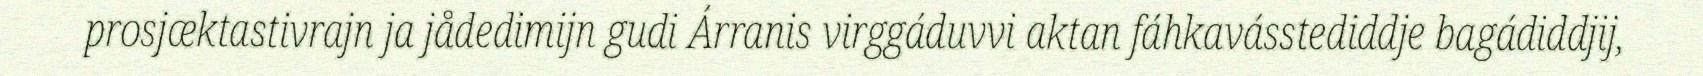
prosjæktastivrajn ja jådedimijn gudi Árranis virggáduvvi aktan fáhkavásstediddje bagádiddjij,